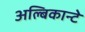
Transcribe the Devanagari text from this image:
अल्बिकान्टे